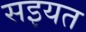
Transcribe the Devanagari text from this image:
सइयत